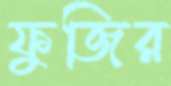
ফুজির